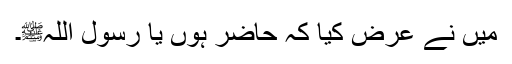
میں نے عرض کیا کہ حاضر ہوں یا رسول اللہﷺ۔